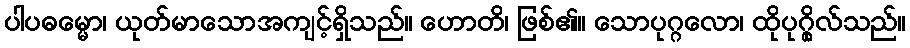
ပါပဓမ္မော၊ ယုတ်မာသောအကျင့်ရှိသည်။ ဟောတိ၊ ဖြစ်၏။ သောပုဂ္ဂလော၊ ထိုပုဂ္ဂိုလ်သည်။